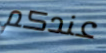
عندكم